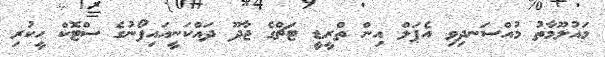
މައުލޫމާތު މުއްސަނދިވި އެޕަލް އިން ތްރީޑީ ޓަޗްގެ ޖާދޫ ދައްކަނީއައިފޯނުގެ ސްޓޮކް ހީކުރި